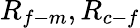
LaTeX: R_{f-m},R_{c-f}